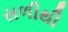
સળીથી